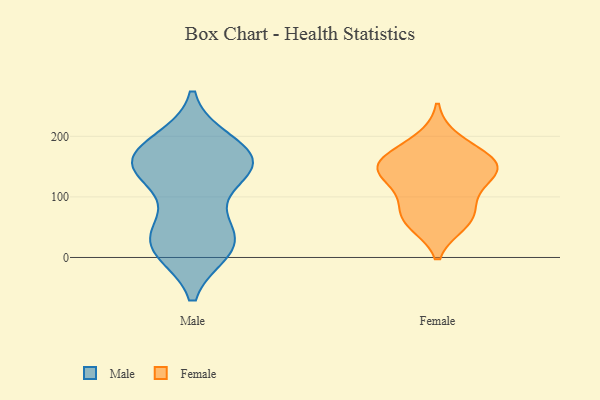
{"axis": {"x": "Production Output", "y": "Value"}, "legend": ["Female", "Male"], "data": [{"x": "", "y": 52, "type": "Male"}, {"x": "", "y": 154, "type": "Male"}, {"x": "", "y": 181, "type": "Male"}, {"x": "", "y": 12, "type": "Male"}, {"x": "", "y": 141, "type": "Male"}, {"x": "", "y": 185, "type": "Male"}, {"x": "", "y": 62, "type": "Male"}, {"x": "", "y": 149, "type": "Male"}, {"x": "", "y": 24, "type": "Male"}, {"x": "", "y": 17, "type": "Male"}, {"x": "", "y": 143, "type": "Male"}, {"x": "", "y": 163, "type": "Male"}, {"x": "", "y": 150, "type": "Male"}, {"x": "", "y": 24, "type": "Male"}, {"x": "", "y": 145, "type": "Male"}, {"x": "", "y": 14, "type": "Male"}, {"x": "", "y": 191, "type": "Male"}, {"x": "", "y": 158, "type": "Female"}, {"x": "", "y": 148, "type": "Female"}, {"x": "", "y": 194, "type": "Female"}, {"x": "", "y": 64, "type": "Female"}, {"x": "", "y": 57, "type": "Female"}, {"x": "", "y": 127, "type": "Female"}, {"x": "", "y": 100, "type": "Female"}, {"x": "", "y": 69, "type": "Female"}, {"x": "", "y": 144, "type": "Female"}, {"x": "", "y": 149, "type": "Female"}, {"x": "", "y": 164, "type": "Female"}]}